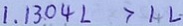
1 . 1 3 0 4 L > 1 L